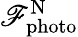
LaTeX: \mathscr{F}_{\mathrm{{photo}}}^{\mathrm{{N}}}